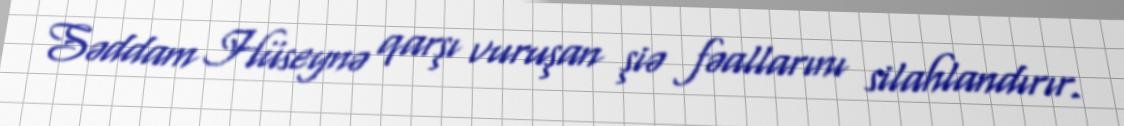
Səddam Hüseynə qarşı vuruşan şiə fəallarını silahlandırır.